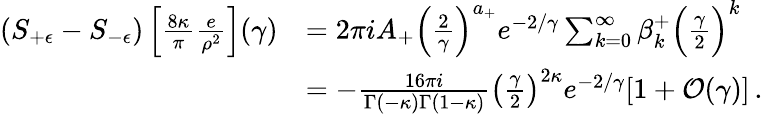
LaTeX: \begin{array}{rl}{(S_{+\epsilon}-S_{-\epsilon})\left[\frac{8\kappa}{\pi}\frac{e}{\rho^{2}}\right](\gamma)}&{=2\pi iA_{+}\Big(\frac{2}{\gamma}\Big)^{a_{+}}e^{-2/\gamma}\sum_{k=0}^{\infty}\beta_{k}^{+}\Big(\frac{\gamma}{2}\Big)^{k}}\\ &{=-\frac{16\pi i}{\Gamma(-\kappa)\Gamma(1-\kappa)}\left(\frac{\gamma}{2}\right)^{2\kappa}e^{-2/\gamma}[1+\mathcal{O}(\gamma)]\, .}\end{array}